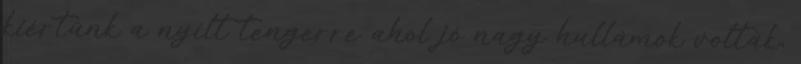
kiértünk a nyílt tengerre ahol jó nagy hullámok voltak,